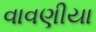
વાવણીયા